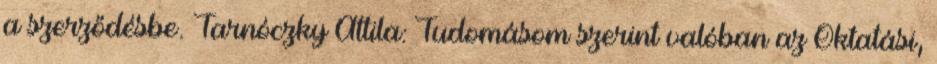
a szerződésbe. Tarnóczky Attila: Tudomásom szerint valóban az Oktatási,